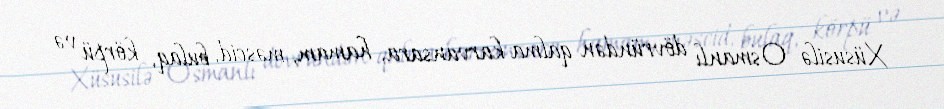
Xüsusilə Osmanlı dövründən qalma karvansara, hamam, məscid, bulaq, körpü və